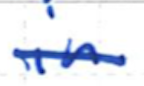
Text: in
Cross-out: single-line
Writing tool: ballpoint